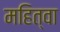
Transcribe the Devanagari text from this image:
महित्वा